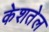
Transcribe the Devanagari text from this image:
केशतेल